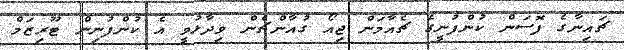
ޗައިނާގެ ފޮސަން ކުންފުނީގެ ޗެއާމަން ޖިއޯ ގުއާންޗެން ވިދާޅުވީ އެ ކުންފުނިން ޓޫރިޒަމް